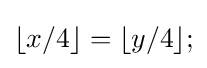
\lfloor x/4\rfloor =\lfloor y/4\rfloor ;